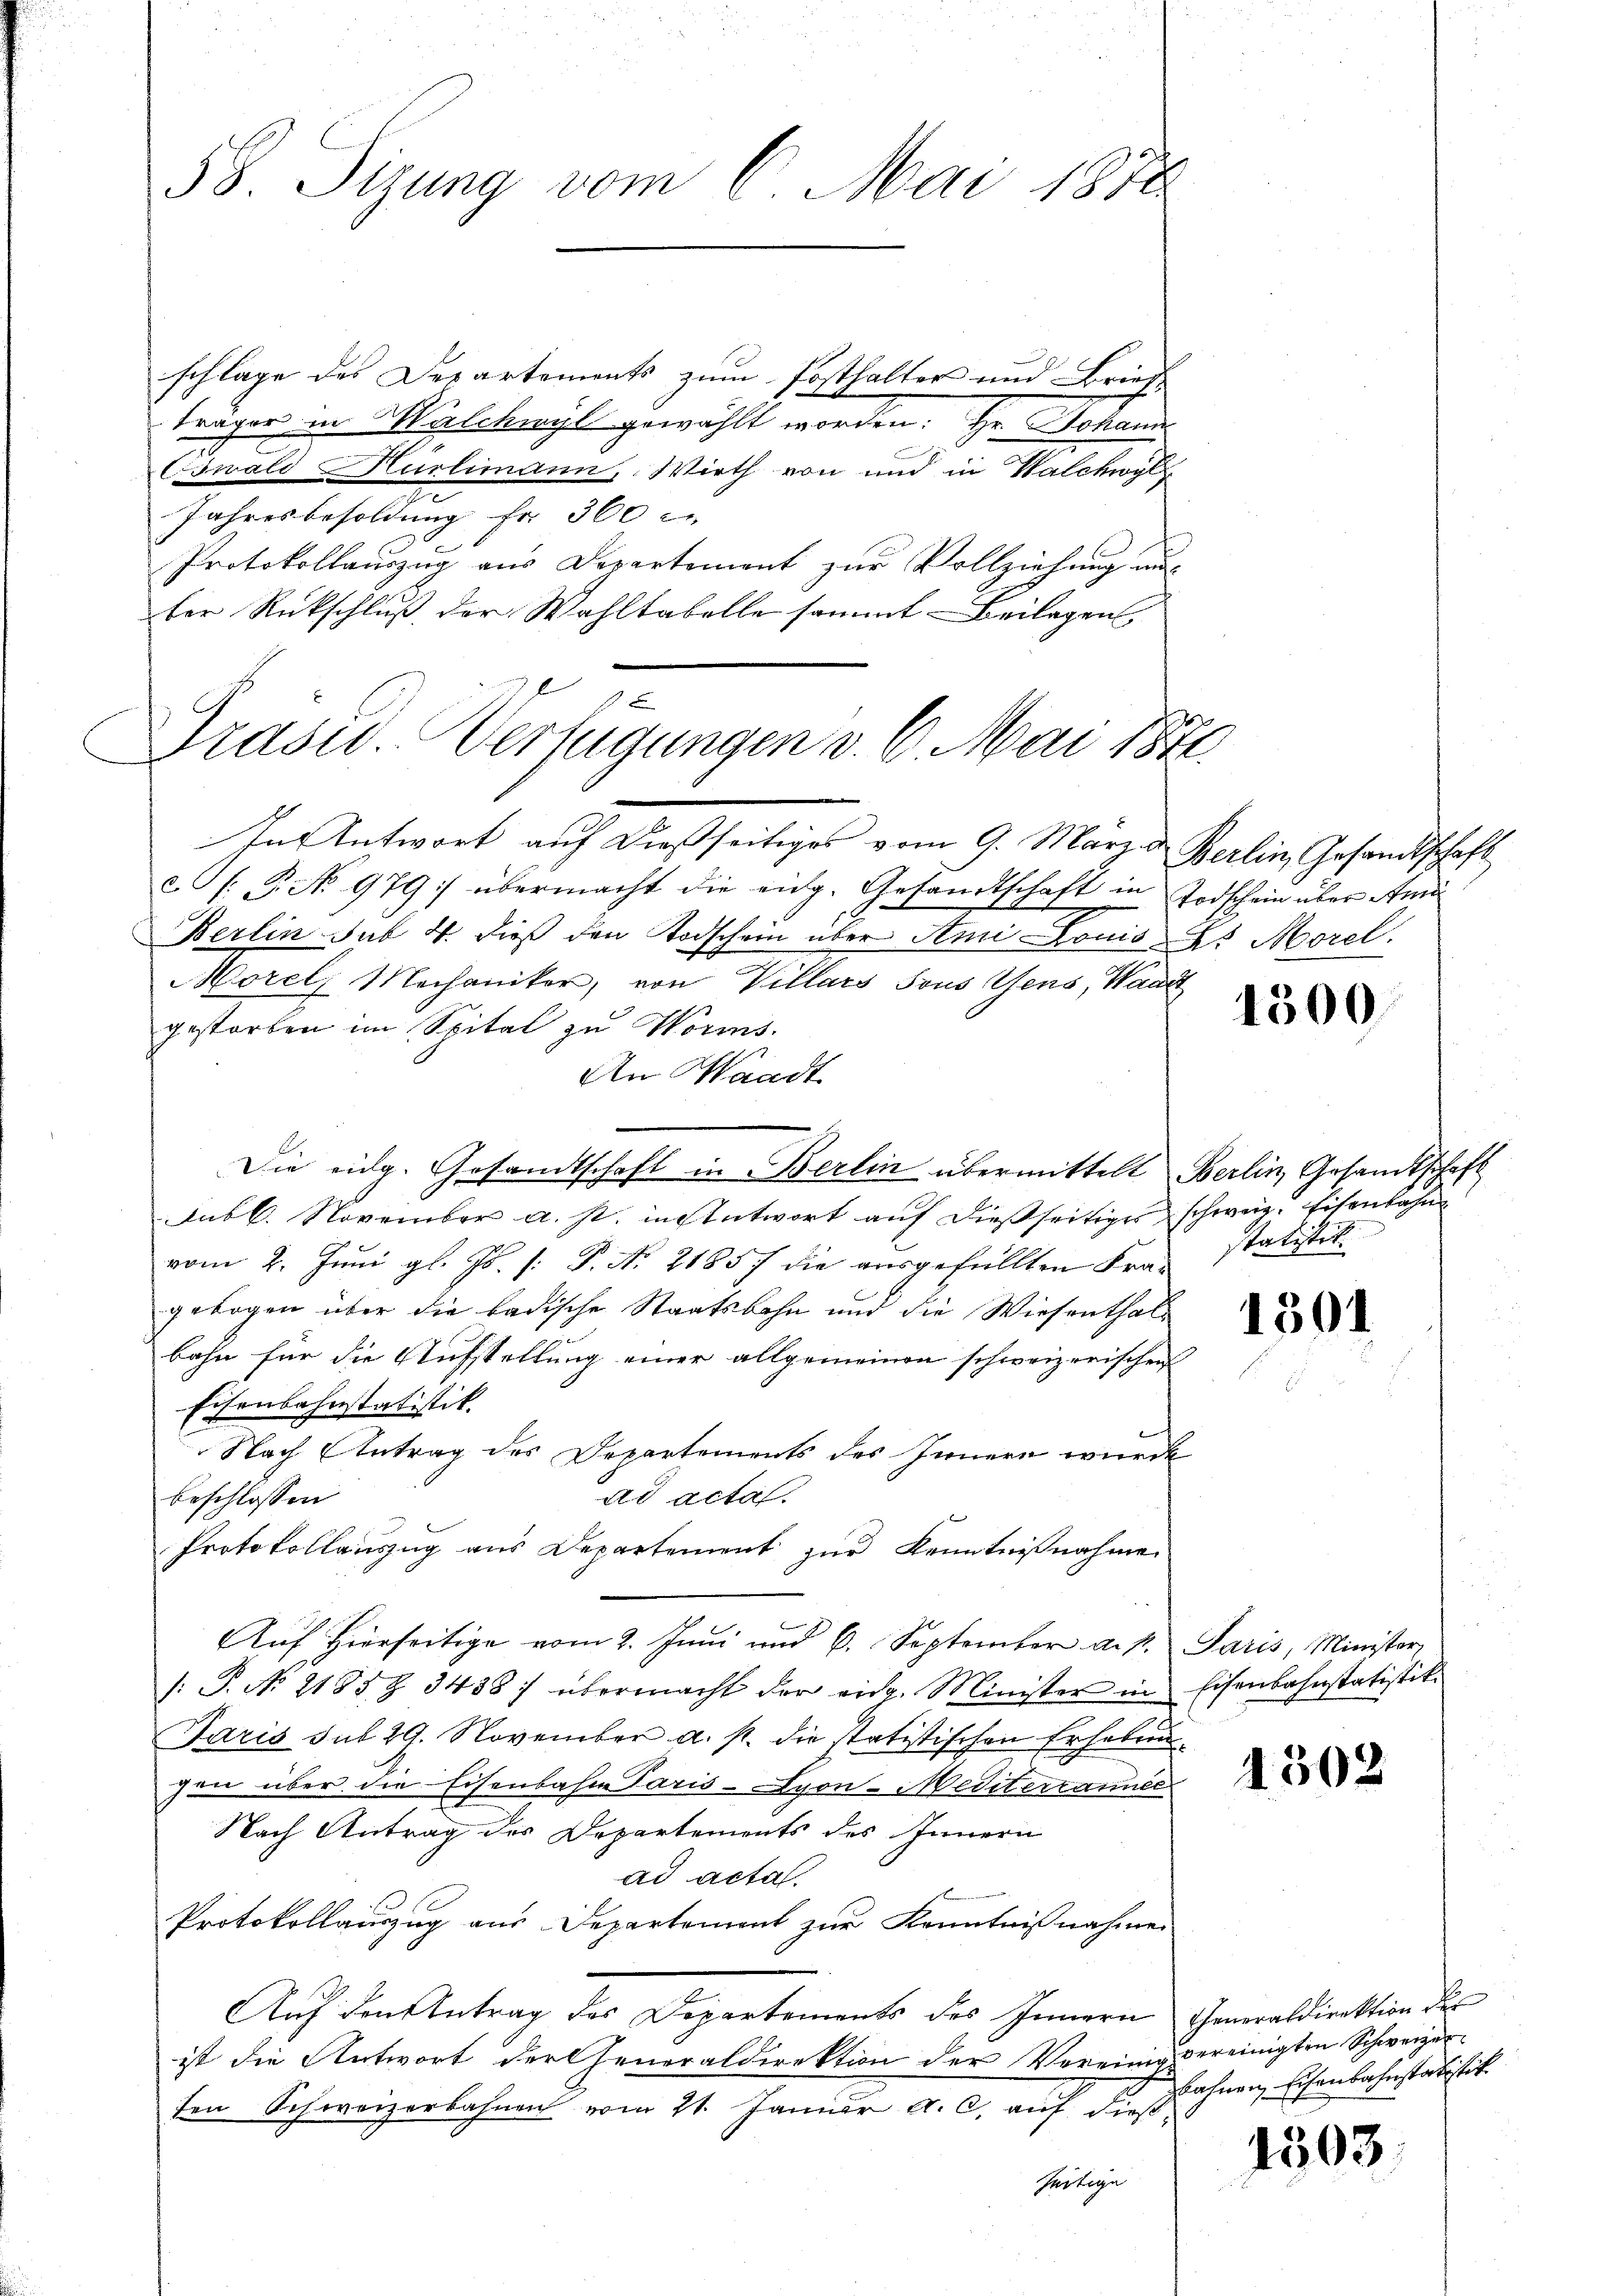
58. Sizung vom 6. Mai 1870

schlage des Departements zum Posthalter und Brief
träger in Walchwyl gewählt worden: Hr. Johann
Oswald Hürlimann, Wirth von und in Walchwyl
Jahresbesoldung fr. 360 c.
Protokollauszug aus Departement zur Vollziehung aus
ter Rückschluß der Wahltabelle sammt- Beilagen

Grasw. Verfügungen v. 6. Mai 1872.

In Antwort auf dießseitiges vom 9. März d. Berlin, Gesandtschaft
: P. No. 979 übermacht die eidg. Gesandtschaft in Todschein über Ami
Berlin sub 4. dieß den Todschein über Ami Louis ds Morel.
Morel, Mechaniker, von Villars sous Gens, Waadt
gestorben im Spital zu Worms.
An Waadt
Die eidg. Gesandtschaft in Berlin übermittelt Berlin, Gesandtschaft
Subl. November a. s. in Antwort auf dießseitiges schweiz. Eisenbahn
vom 2. Juni gl. Js. [: P. Nr. 21857 die ausgefüllten Frau statistet
gebogen über die badische Staatsbahn und die Wiesenthalbahn für die Aufstellung einer allgemeinen schweizerischen
Eisenbahnstatistik.
Nach Antrag des Departements des Innern wurde
ad acta.
beschlossen
Protokollauszug aus Departement zur Kenntnißnahmen
Auf Hierseitige vom 2. Juni und 6. September a. p. Paris, Minister
/: P. No 2185 Z 3438) übermacht der eidg. Minister in Eisenbahnstatistik.
Paris sub 29. November a. p. die statistischen Erhebungen über die Eisenbahn Paris - Lyon-Mediterrainer
Nach Antrag des Departements des Innern
ad acta.
Protokollauszug aus Departement zur Kenntnißnahmen
Auf den Antrag des Departements des Innern Generaldirektion der
ist die Antwort der Generaldirektion der Vereinig vereinigten Schweizerten Schweizerbahnen vom 21. Januar a. c. auf dieß
fertige

4500.

1301

4502

bahnen Eisenbahnstatistit.

1503.